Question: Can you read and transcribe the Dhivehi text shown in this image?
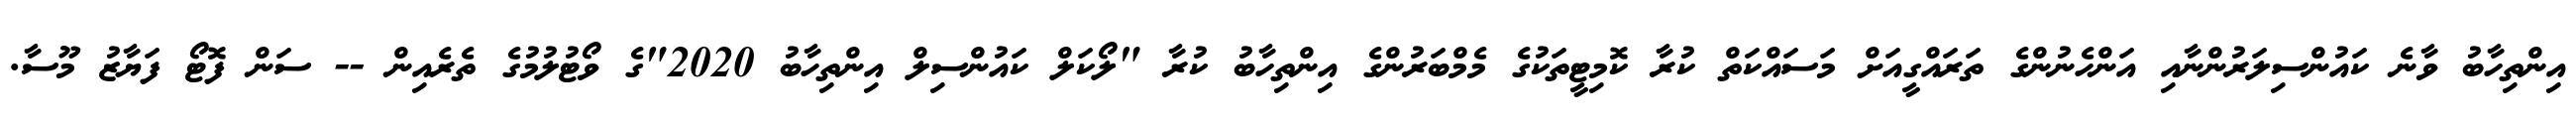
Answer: އިންތިހާބު ވާނެ ކައުންސިލަރުންނާއި އަންހެނުންގެ ތަރައްގީއަށް މަސައްކަތް ކުރާ ކޮމިޓީތަކުގެ މެމްބަރުންގެ އިންތިހާބު ކުރާ "ލޯކަލް ކައުންސިލް އިންތިހާބު 2020"ގެ ވޯޓުލުމުގެ ތެރެއިން -- ސަން ފޮޓޯ ފަޔާޒު މޫސާ.